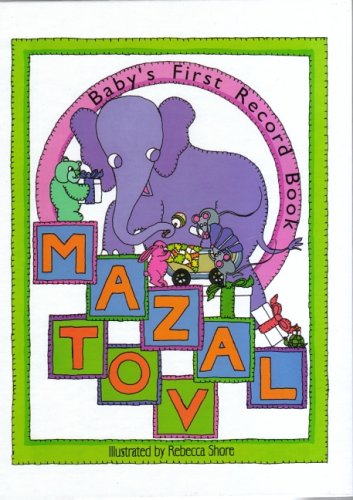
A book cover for Mazal Tov: Baby's First Record book; Children's Books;